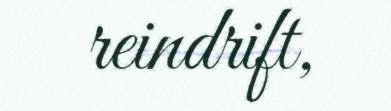
reindrift,